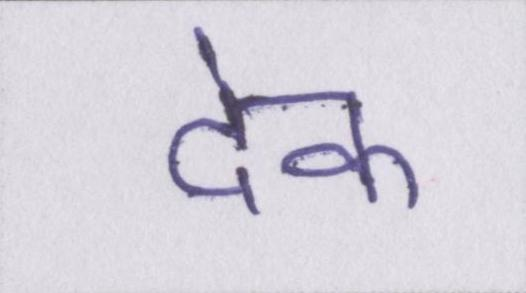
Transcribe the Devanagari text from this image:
देक